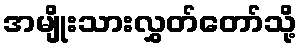
အမျိုးသားလွှတ်တော်သို့